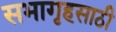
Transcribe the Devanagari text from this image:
सभागृहसाठी